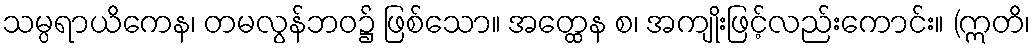
သမ္ပရာယိကေန၊ တမလွန်ဘဝ၌ ဖြစ်သော။ အတ္ထေန စ၊ အကျိုးဖြင့်လည်းကောင်း။ (ဣတိ၊